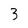
Character: 3